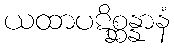
ယထာပဋိစ္ဆန္နာနံ